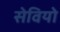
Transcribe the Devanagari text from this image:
सेवियो